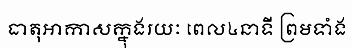
ធាតុអាកាសក្នុងរយៈ ពេល៤នាទី ព្រមទាំង